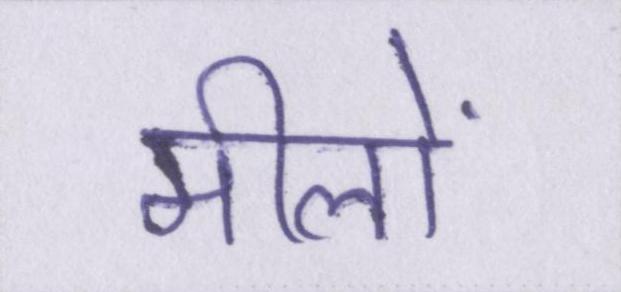
मीलों